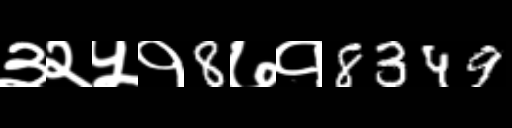
Text: ३२५१8७१8349